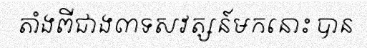
តាំងពីជាង៣ទសវត្សន៍មកនោះ បាន